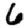
Digit: 6